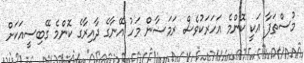
މުސްތަފާ އަކީ ކޮންމެ އަހަރަކުވެސް ރަމަޟާން މަހު އޭނާގެ ދާއިރާގެ ކޮންމެ ގޭބިސީއަކަށް